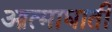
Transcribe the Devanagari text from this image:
आत्माघाती